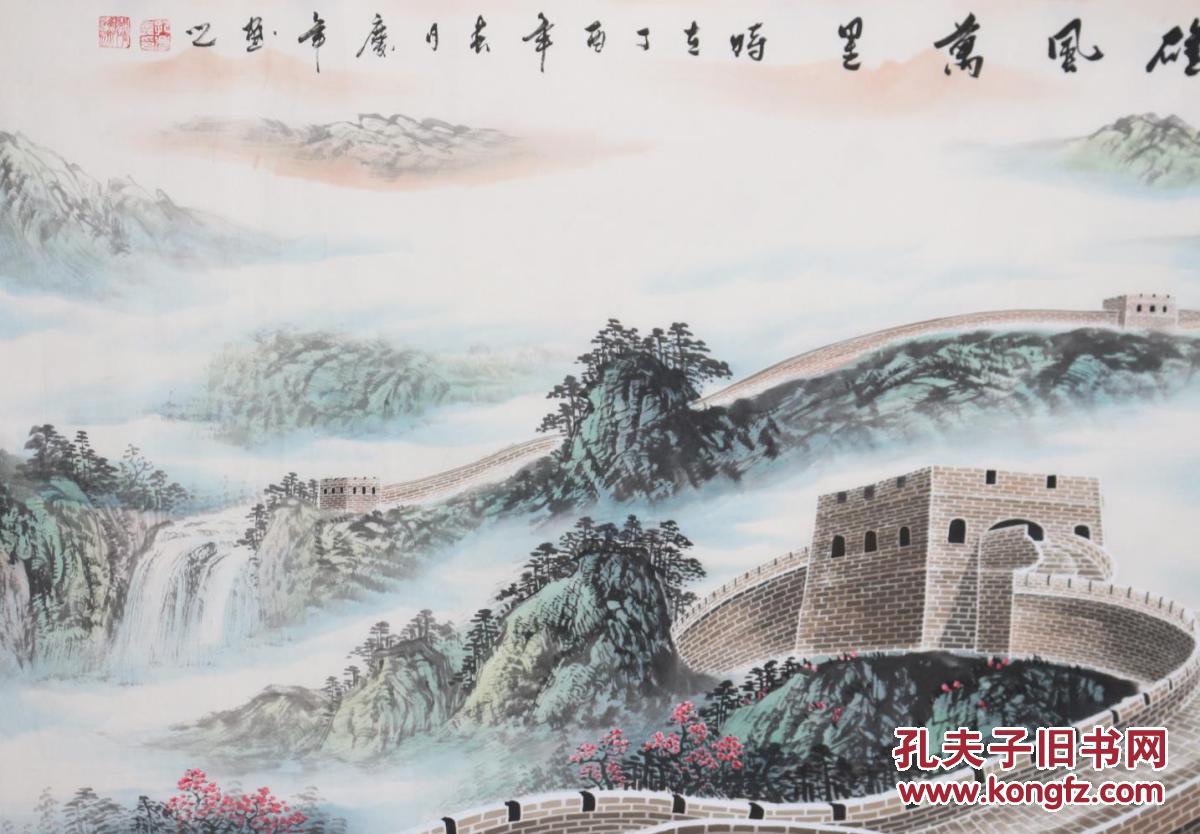
如今白首乡心尽，万里归程在梦中。